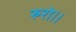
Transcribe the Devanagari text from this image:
रुरो।।